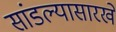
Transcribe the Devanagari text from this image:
सांडल्यासारखे